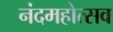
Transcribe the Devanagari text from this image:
नंदमहोत्सव